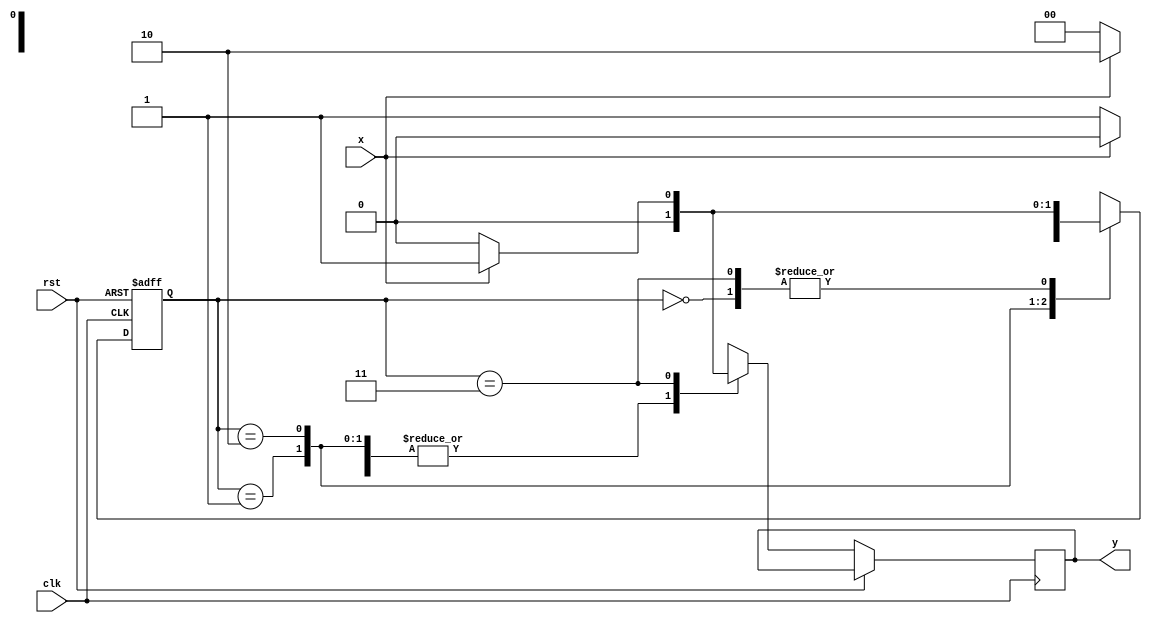
module seq_det_1101(
    input x,clk,rst,
    output reg y
    );
	 reg [1:0]ns,ps;
	 parameter A=2'b00,B=2'b01,C=2'b10,D=2'b11;
	 always @(posedge clk,posedge rst) begin
	 if(rst==1)
	  ps=A;
	 else begin
	  case(ps)
	  A:begin if(x==1) begin
	      ns=B;
		   y=1'b0;end
		  else begin
		   ns=A;
			y=1'b0;end
			end
	  B:begin if(x==1) begin
	      ns=C;
			y=1'b0;end
		 else begin
		   ns=A;
			y=1'b0;end
			end
	  C:begin if(x==1) begin
	      ns=C;
			y=1'b0;end
		 else begin
		   ns=D;
			y=1'b0;end
			end
	  D:begin if(x==1) begin
	      ns=B;
			y=1'b1;end
		 else begin
		   ns=A;
			y=1'b0;end 
    end			
	 endcase
	 ps=ns;
	 end
	 end
endmodule